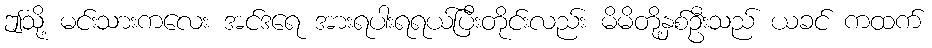
ဤသို့ မင်းသားကလေး အင်ဒရေ အားရပါးရရယ်ပြီးတိုင်းလည်း မိမိတို့နှစ်ဦးသည် ယခင် ကထက်